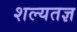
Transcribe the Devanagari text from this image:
शल्यतज्ञ